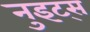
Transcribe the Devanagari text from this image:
नुइट्स